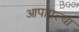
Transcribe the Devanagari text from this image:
आपापल्‍या